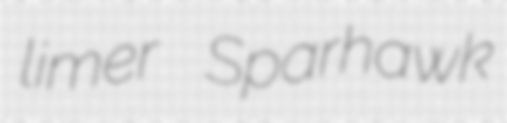
limer Sparhawk